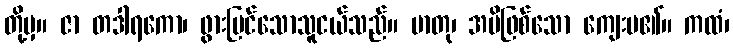
တို့မှ။ ဇာ တဒါရကော၊ ဖွားမြင်သောသူငယ်သည်။ မာတု၊ အမိဖြစ်သော ကျေးမ၏။ ကထံ၊